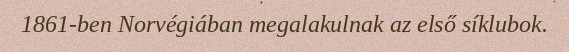
1861-ben Norvégiában megalakulnak az első síklubok.